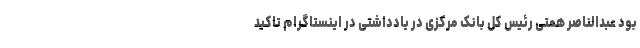
بود عبدالناصر همتی رئیس کل بانک مرکزی در یادداشتی در اینستاگرام تاکید